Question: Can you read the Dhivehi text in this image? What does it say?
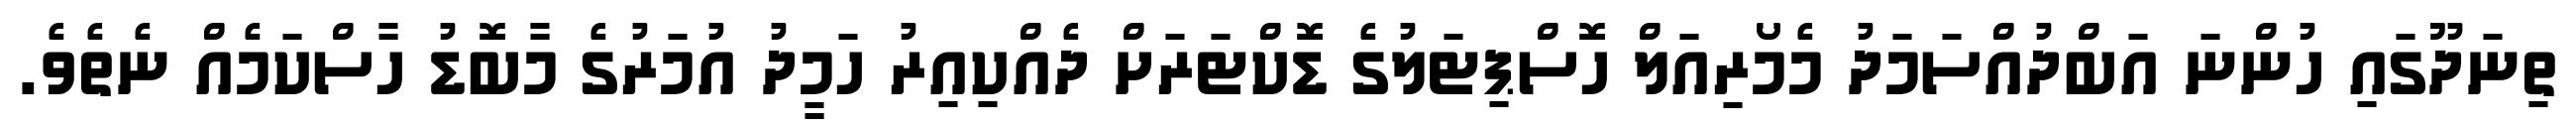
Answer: ތިނަދޫގައި ހުންނަ އަބްދުއްސަމަދު މެމޯރިއަލް ހޮސްޕިޓަލުގެ ޑޮކްޓަރަށް ދެއްކިއިރު ހަމީދު އުމަރުގެ މާބޮޑު ހާސްކަމެއް ނެތެވެ.